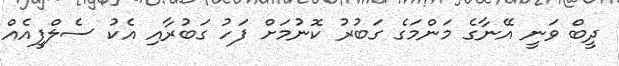
ދީބް ވަނީ އޭނާގެ މަންމަގެ ގަބުރު ކޮނުމަށް ފަހު ގަބުރާއި އެކު ސެލްފީއެއް